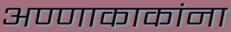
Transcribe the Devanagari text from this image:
अण्णाकाकांना